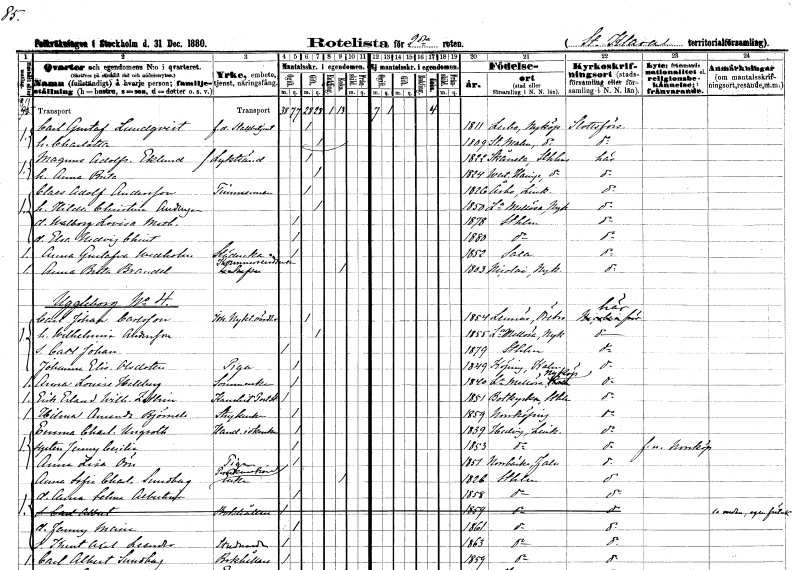
gt_parse: households: individuals: FN: Carl Gustaf
EN: Lundqvist
YRKE: Stallbetjänt f.d.
KON: M
CIV: G
FODAR: 1811
FODFORS: Lerbo Södermanlands län
FN: Charlotta
KON: K
CIV: G
FODAR: 1809
FODFORS: Stora Malm Södermanlands län
FN: Magnus Adolf
EN: Eklund
YRKE: Lykttändare f.d.
KON: M
CIV: G
FODAR: 1822
FODFORS: Skånela Stockholms län
FN: Anna Brita
KON: K
CIV: G
FODAR: 1824
FODFORS: Västerhaninge Stockholms län
FN: Claes Adolf
EN: Andersson
YRKE: Timmerman
KON: M
CIV: G
FODAR: 1826
FODFORS: Åsbo Östergötlands län
FN: Hilda Christina
EN: Andersson
KON: K
CIV: G
FODAR: 1850
FODFORS: Lilla Mellösa Södermanlands län
FN: Walborg Lovisa Mathilda
KON: K
CIV: O
FODAR: 1878
FODFORS: Stockholm
FN: Elsa Hedvig Christina
KON: K
CIV: O
FODAR: 1880
FODFORS: Stockholm
FN: Anna Gustafva
EN: Wedholm
YRKE: Städerska
KON: K
CIV: O
FODAR: 1852
FODFORS: Sala Västmanlands län
FN: Anna Brita
EN: Brandel
YRKE: Kommerserådsänka
KON: K
CIV: E
FODAR: 1803
FODFORS: Nyköpings Sankt Nicolai Södermanlands län
FN: Carl Johan
EN: Carlsson
YRKE: Nykterhetsvärdshusidkare
KON: M
CIV: G
FODAR: 1854
FODFORS: Lännäs Örebro län
FN: Wilhelmina
EN: Andersson
KON: K
CIV: G
FODAR: 1855
FODFORS: Lilla Mellösa Södermanlands län
FN: Carl Johan
KON: M
CIV: O
FODAR: 1879
FODFORS: Stockholm
FN: Johanna Elisabet
EN: Olsdotter
YRKE: Piga
KON: K
CIV: O
FODAR: 1849
FODFORS: Köping Kalmar län
FN: Anna Louise
EN: Hellberg
YRKE: Sömmerska
KON: K
CIV: O
FODAR: 1840
FODFORS: Lilla Mellösa Södermanlands län
FN: Erik Erland Wilhelm
EN: Zethin
YRKE: Poststationskanslist
KON: M
CIV: O
FODAR: 1851
FODFORS: Botkyrka Stockholms län
FN: Hilma Amanda
EN: Björnell
YRKE: Strykerska
KON: K
CIV: O
FODAR: 1859
FODFORS: Norrköping Östergötlands län
FN: Emma Charlotta
EN: Ungroth
YRKE: Handelsidkerska
KON: K
CIV: O
FODAR: 1839
FODFORS: Norrköpings Hedvig Östergötlands län
FN: Jenny Cecilia
KON: K
CIV: O
FODAR: 1853
FODFORS: Norrköpings Hedvig Östergötlands län
FN: Anna Lisa
EN: Örn
YRKE: Piga
KON: K
CIV: O
FODAR: 1851
FODFORS: Norrbärke Kopparbergs län
FN: Anna Sofia Charlotta
EN: Sundberg
YRKE: Perukmakareänka
KON: K
CIV: E
FODAR: 1826
FODFORS: Stockholm
FN: Anna Selma Albertina
KON: K
CIV: O
FODAR: 1858
FODFORS: Stockholm
FN: Jenny Maria
KON: K
CIV: O
FODAR: 1861
FODFORS: Stockholm
FN: Knut Axel Leander
YRKE: Studerande
KON: M
CIV: O
FODAR: 1863
FODFORS: Stockholm
FN: Carl Albert
EN: Sundberg
YRKE: Bokhållare
KON: M
CIV: O
FODAR: 1859
FODFORS: Stockholm